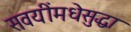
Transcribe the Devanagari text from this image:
सवयींमधेसुद्धा